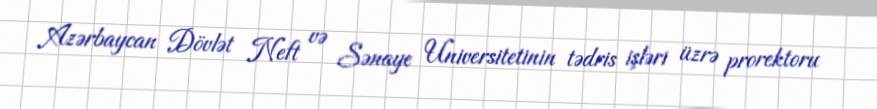
Azərbaycan Dövlət Neft və Sənaye Universitetinin tədris işləri üzrə prorektoru